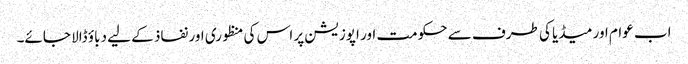
اب عوام اور میڈیا کی طرف سے حکومت اور اپوزیشن پر اس کی منظوری اور نفاذ کے لیے دباؤ ڈالا جائے۔